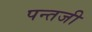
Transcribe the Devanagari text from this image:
पन्तजी